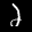
Label: 2